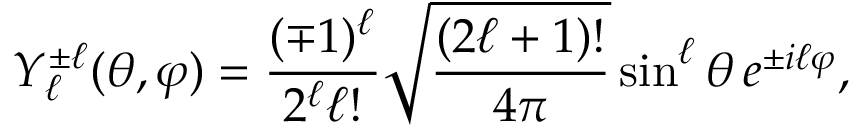
Y _ { \ell } ^ { \pm \ell } ( \theta , \varphi ) = { \frac { ( \mp 1 ) ^ { \ell } } { 2 ^ { \ell } \ell ! } } { \sqrt { \frac { ( 2 \ell + 1 ) ! } { 4 \pi } } } \sin ^ { \ell } \theta \, e ^ { \pm i \ell \varphi } ,